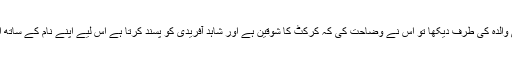
انہوں نے تعجب سے اس کی والدہ کی طرف دیکھا تو اس نے وضاحت کی کہ کرکٹ کا شوقین ہے اور شاہد آفریدی کو پسند کرتا ہے اس لیے اپنے نام کے ساتھ اس نے آفریدی لگا رکھا ہے۔